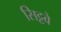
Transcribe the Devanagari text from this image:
सिट्टवे